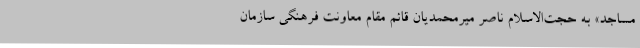
مساجد» به حجت‌الاسلام ناصر میرمحمدیان قائم مقام معاونت فرهنگی سازمان